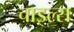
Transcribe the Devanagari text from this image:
चाइल्स